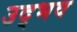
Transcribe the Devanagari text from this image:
उद्‍भव